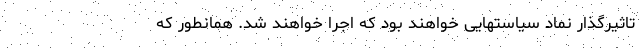
تاثیرگذار نماد سیاستهایی خواهند بود که اجرا خواهند شد. همانطور که